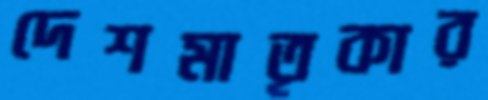
দেশমাতৃকার